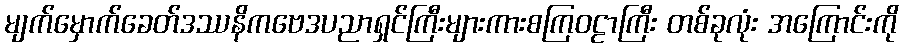
မျက်မှောက်ခေတ်ဒဿနိကဗေဒပညာရှင်ကြီးများကားစကြဝဠာကြီး တစ်ခုလုံး အကြောင်းကို